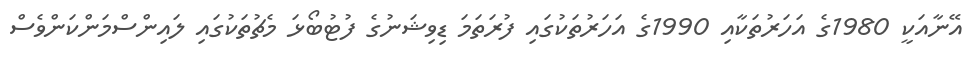
އޭނާއަކީ 1980ގެ އަހަރުތަކާއި 1990ގެ އަހަރުތަކުގައި ފުރަތަމަ ޑިވިޝަނުގެ ފުޓުބޯޅަ މެޗުތަކުގައި ލައިންސްމަންކަންވެސް